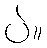
ပဲ။